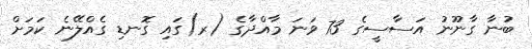
ބުނާ ގާނޫނު އަސާސީގެ 73 ވަނަ މާއްދާގެ (ރ)ގައި ގޮނޑި ގެއްލޭނެ ކަމަށް